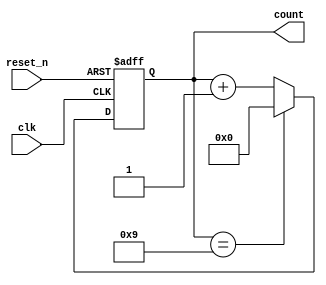
module BCD_Asynchronous_Counter (
    input wire clk,        // Clock input
    input wire reset_n,    // Asynchronous active-low reset
    output reg [3:0] count // 4-bit BCD output
);

// Asynchronous reset and counting logic
always @(posedge clk or negedge reset_n) begin
    if (!reset_n) begin
        // Asynchronous reset
        count <= 4'b0000;
    end else begin
        // Count logic
        if (count == 4'b1001) begin
            // Reset to 0 when count reaches 10 (1010 in binary)
            count <= 4'b0000;
        end else begin
            // Increment the count
            count <= count + 1;
        end
    end
end

endmodule